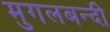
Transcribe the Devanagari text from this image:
मुगलबन्दी